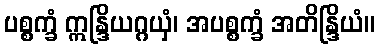
ပစ္စက္ခံ ဣန္ဒြိယဂ္ဂယှံ၊ အပစ္စက္ခံ အတိန္ဒြိယံ။